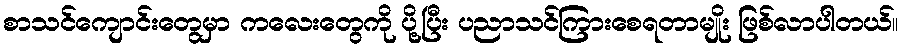
စာသင်ကျောင်းတွေမှာ ကလေးတွေကို ပို့ပြီး ပညာသင်ကြားစေရတာမျိုး ဖြစ်လာပါတယ်။